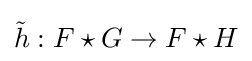
{\tilde {h}}:F\star G\rightarrow F\star H